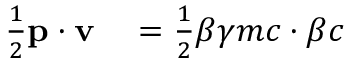
\begin{array} { r l } { { \frac { 1 } { 2 } } \mathbf { p } \cdot \mathbf { v } } & { { } = { \frac { 1 } { 2 } } { \boldsymbol { \beta } } \gamma m c \cdot { \boldsymbol { \beta } } c } \end{array}